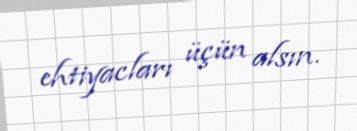
ehtiyacları üçün alsın.